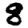
Digit: 8